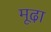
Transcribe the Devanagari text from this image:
मूढा़